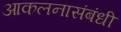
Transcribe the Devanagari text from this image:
आकलनासंबंधी